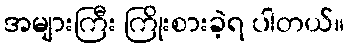
အများကြီး ကြိုးစားခဲ့ရ ပါတယ်။